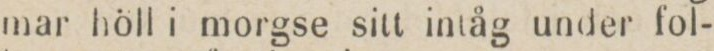
mar höll i morgse sitt intåg under fol-